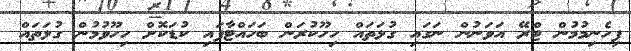
ފިހެނިމުމުން ޓްރޭ އަވަނުން ނަގައި ގުޅަތައް ހިހޫކުރަން ބަހައްޓާފައި ކުޑަކޮށް ހިހޫވުމުން ގުޅަތައް